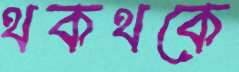
থকথকে